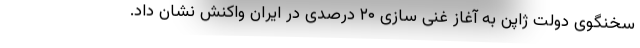
سخنگوی دولت ژاپن به آغاز غنی سازی ۲۰ درصدی در ایران واکنش نشان داد.